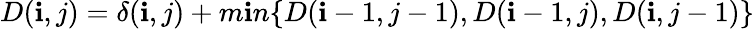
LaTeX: D(\mathbf{i},j)=\delta(\mathbf{i},j)+m\mathbf{i}n\{ D(\mathbf{i}-1,j-1),D(\mathbf{i}-1,j),D(\mathbf{i},j-1)\}